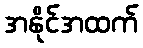
အနိုင်အထက်